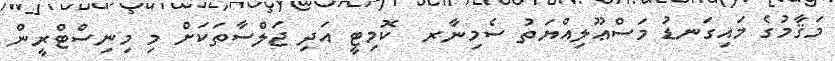
މަޤާމުގެ މައިގަނޑު މަސްޢޫލިއްޔަތު ސެމިނާރ  ކޮމިޓީ އަދި ޖަލްސާތަކަށް މި މިނިސްޓްރީން